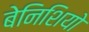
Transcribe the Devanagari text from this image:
बेनिशियो